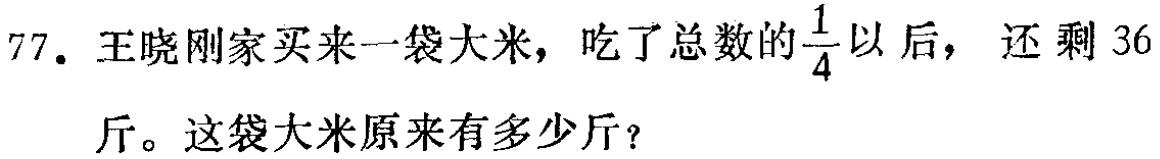
77. 王晓刚家买来一袋大米，吃了总数的$\frac{1}{4}$以后，还剩 36斤。这袋大米原来有多少斤？